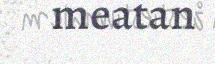
meatan